Subject: cs
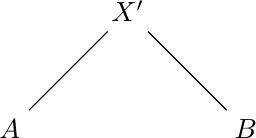
LaTeX code:
\begin{tikzpicture}
[
level 1/.style = {sibling distance = 3cm},
level 2/.style = {sibling distance = 1cm},
level 3/.style = {sibling distance = 3cm}
]
\node  {$X'$}
		child { node { $A$}}
		child { node{$B$}}
 ;
 \end{tikzpicture}